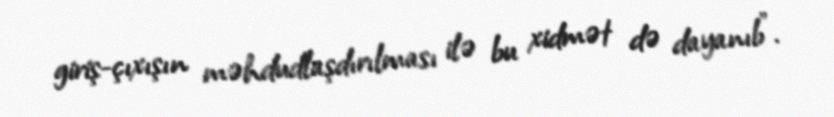
giriş-çıxışın məhdudlaşdırılması ilə bu xidmət də dayanıb”.